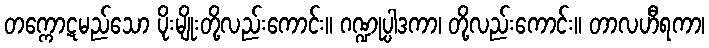
တက္ကောဋမည်သော ပိုးမျိုးတို့လည်းကောင်း။ ဂဏ္ဍုပ္ပါဒကာ၊ တို့လည်းကောင်း။ တာလဟီရကာ၊